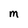
Character: M